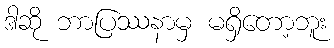
ဒါဆို ဘာပြဿနာမှ မရှိတော့ဘူး